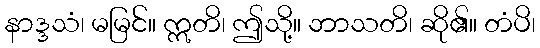
နာဒ္ဒသံ၊ မမြင်။ ဣတိ၊ ဤသို့။ ဘာသတိ၊ ဆို၏။ တံပိ၊